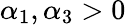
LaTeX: \alpha_{1},\alpha_{3}>0